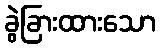
ခွဲခြားထားသော